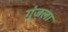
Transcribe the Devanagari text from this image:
गुंजला